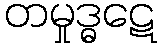
တမှုဒ္ဓဋေ